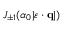
J _ { \pm 1 } ( \alpha _ { 0 } | \boldsymbol { \varepsilon } \cdot { \mathbf { q } } | )